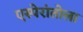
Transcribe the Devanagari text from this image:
एस्पेरांतोला